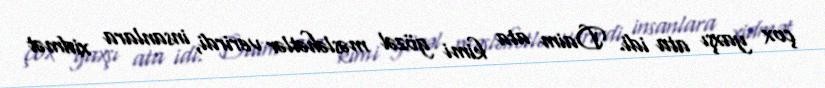
çox yaxşı ata idi. Daim ata kimi gözəl məsləhətlər verirdi, insanlara xidmət